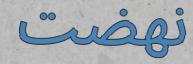
نھضت